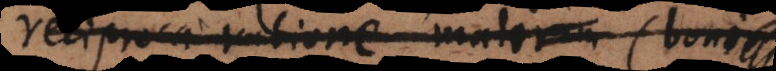
eciproca ratione malorum (bonor